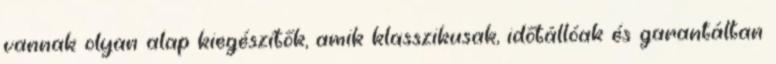
vannak olyan alap kiegészítők, amik klasszikusak, időtállóak és garantáltan